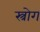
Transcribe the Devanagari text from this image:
स्त्रोग